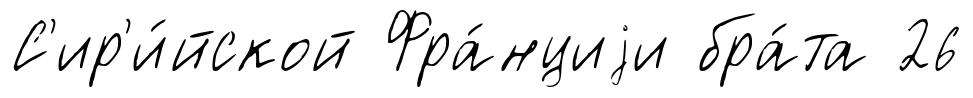
С'ир'и́йской Фра́нциjи бра́та 26